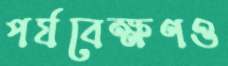
পর্যবেক্ষণও